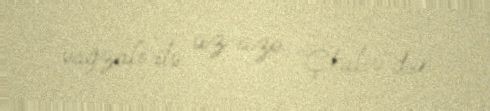
vağzalı ilə üz-üzə “Çkalov”dur.